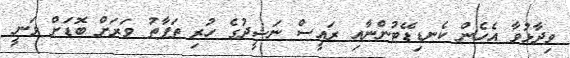
ވިދާޅުވާ އެހެން ކެނޑިޑޭޓުންނާއި ރައީސް ނަޝީދުގެ ހުރި ތަފާތު ވަރަށް ބޮޑަށް ވަނީ